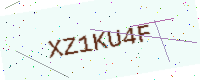
Text: XZ1KU4F